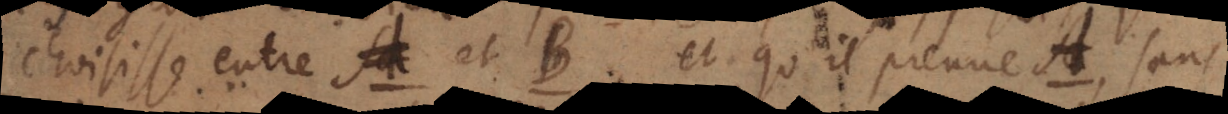
choisisse entre A et B, et qu’il prenne A, sans